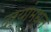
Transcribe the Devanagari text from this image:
दऱ्यांमधून